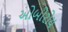
ઓબોરોય